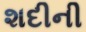
શદીની